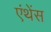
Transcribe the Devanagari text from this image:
एंथेंस